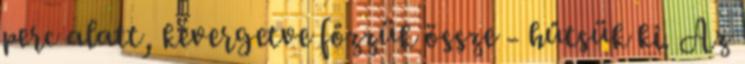
perc alatt, kevergetve főzzük össze - hűtsük ki. Az